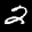
Label: 2